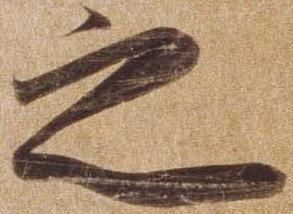
之